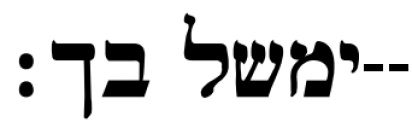
ימשל בך׃--